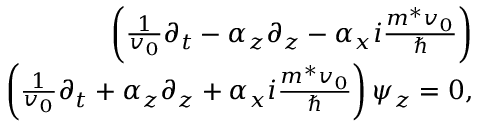
\begin{array} { r l r } & { } & { \left( \frac { 1 } { v _ { 0 } } \partial _ { t } - \alpha _ { z } \partial _ { z } - \alpha _ { x } i \frac { m ^ { * } v _ { 0 } } { \hbar } \right) } \\ & { } & { \left( \frac { 1 } { v _ { 0 } } \partial _ { t } + \alpha _ { z } \partial _ { z } + \alpha _ { x } i \frac { m ^ { * } v _ { 0 } } { \hbar } \right) \psi _ { z } = 0 , } \end{array}